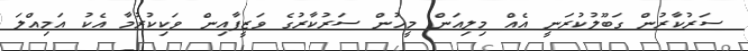
ސަރުކާރުން ގަބޫލުކުރަނީ އެއް މިލިއަން މީހުން ސަރުކާރުގެ ވަޒީފާއިން ވަކިކުރުމާ އެކު އަމިއްލަ